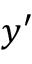
y ^ { \prime }